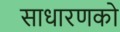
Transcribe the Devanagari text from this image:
साधारणको